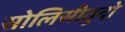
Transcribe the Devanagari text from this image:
सोलिसीतुदो